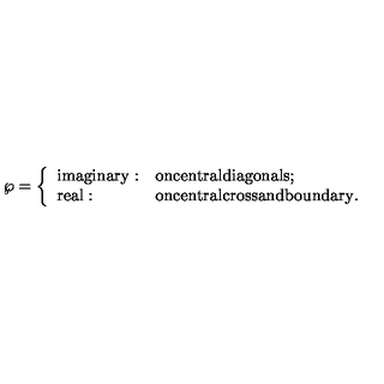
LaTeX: \wp = \left\{ \begin{array} { l l } { \mathrm { i m a g i n a r y } : } & { \mathrm { o n c e n t r a l d i a g o n a l s } ; } \\ { \mathrm { r e a l } : } & { \mathrm { o n c e n t r a l c r o s s a n d b o u n d a r y } . } \\ \end{array} \right.